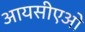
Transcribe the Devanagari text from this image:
आयसीएओ